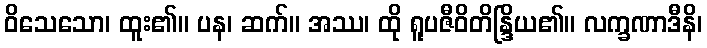
ဝိသေသော၊ ထူး၏။ ပန၊ ဆက်။ အဿ၊ ထို ရူပဇီဝိတိန္ဒြိယ၏။ လက္ခဏာဒီနိ၊